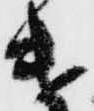
遣